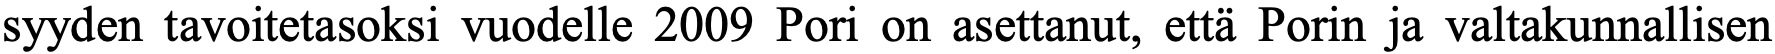
syyden tavoitetasoksi vuodelle 2009 Pori on asettanut, että Porin ja valtakunnallisen